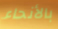
بالأنحاء